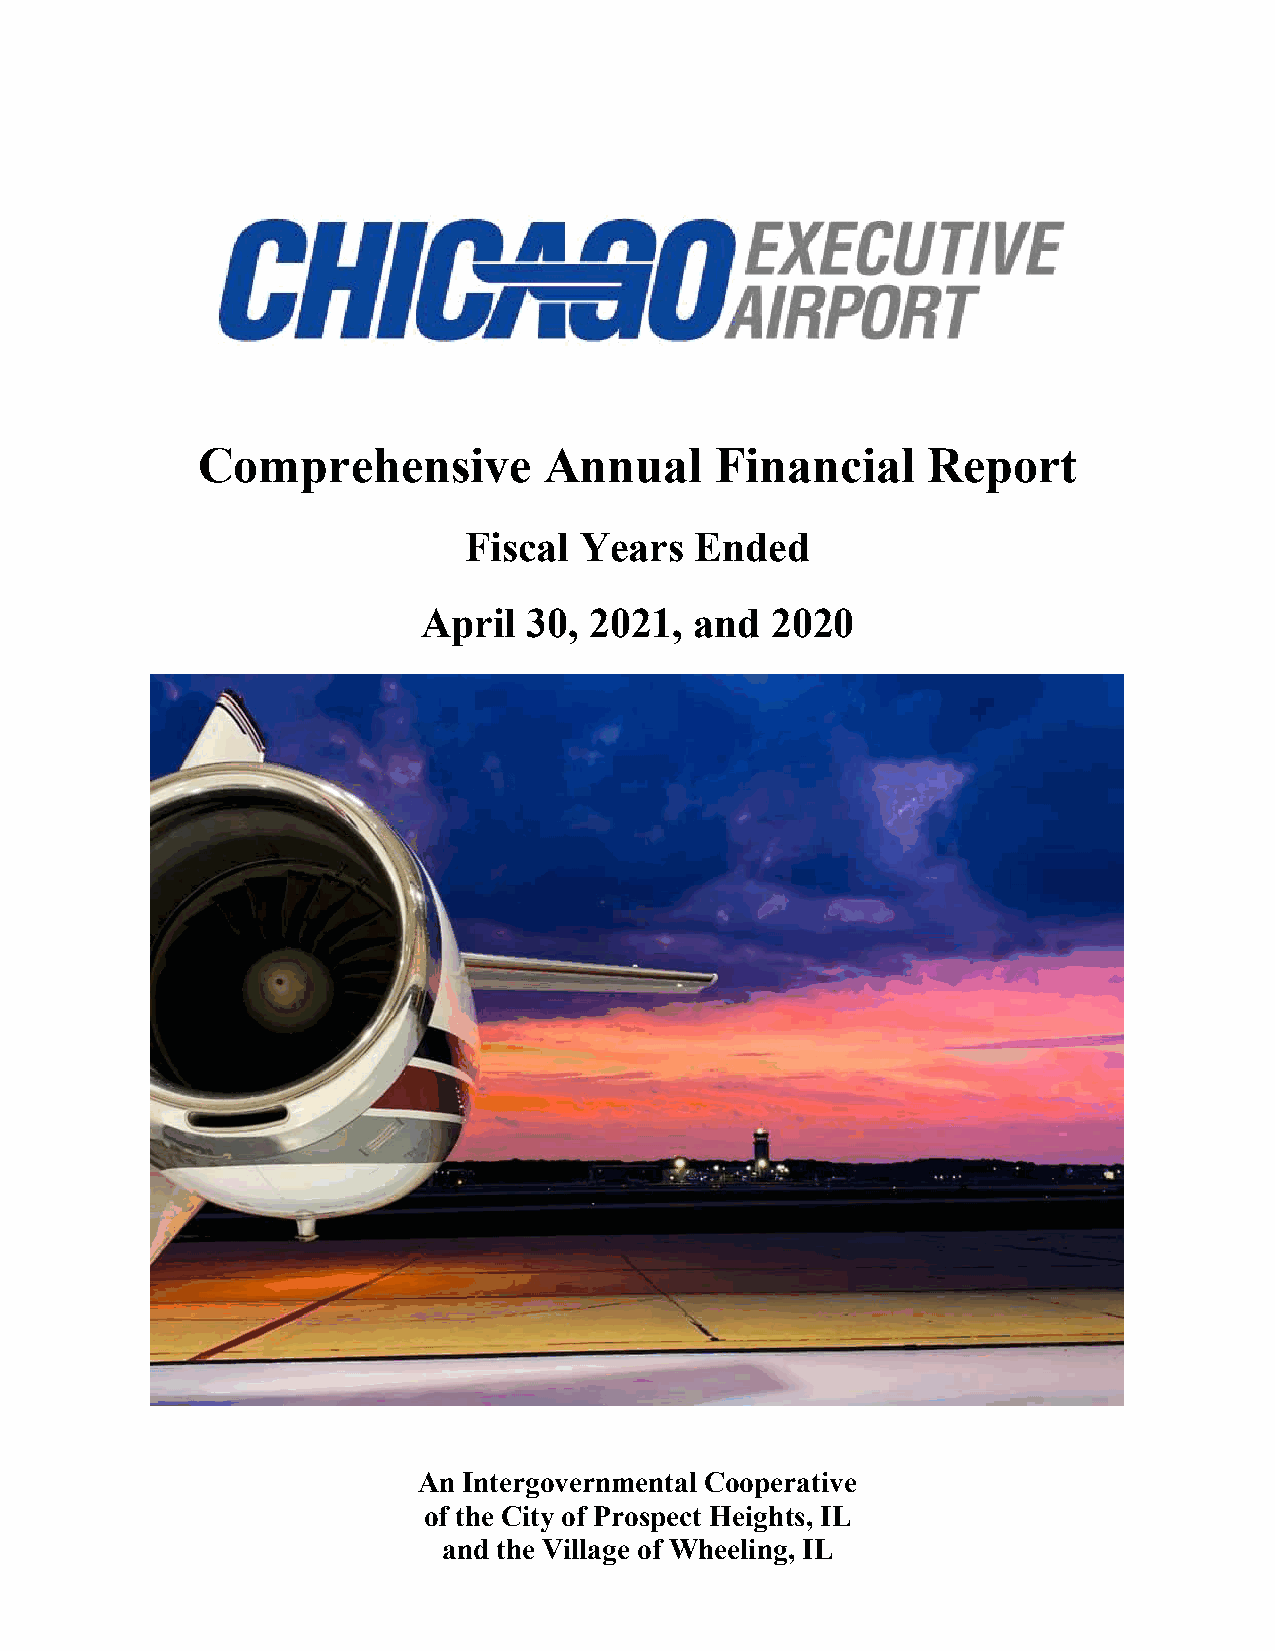
Comprehensive          Annual     Financial     Report
 Fiscal Years   Ended
 April  30, 2021,  and  2020
 An Intergovernmental Cooperative
 of the City of Prospect Heights, IL
 and the Village of Wheeling, IL